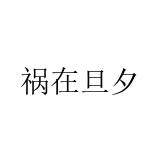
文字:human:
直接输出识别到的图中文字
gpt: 祸在旦夕